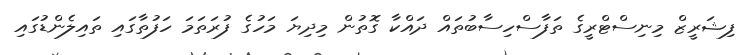
ފިޝަރީޒް މިނިސްޓްރީގެ ތަފާސްހިސާބުތައް ދައްކާ ގޮތުން މިދިޔަ މަހުގެ ފުރަތަމަ ހަފުތާގައި ތައިލެންޑުގައި